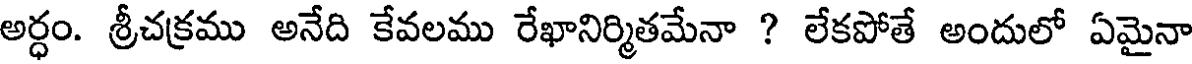
అర్ధం. శ్రీచక్రము అనేది కేవలము రేఖానిర్మితమేనా ? లేకపోతే అందులో ఏమైనా